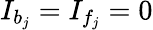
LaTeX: I_{b_{j}}=I_{f_{j}}=0